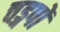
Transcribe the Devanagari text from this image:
चड्गपों